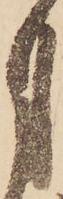
月